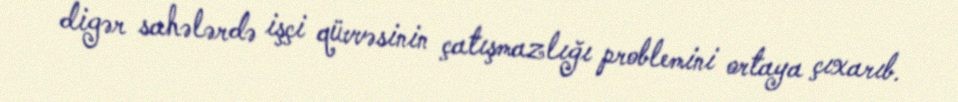
digər sahələrdə işçi qüvvəsinin çatışmazlığı problemini ortaya çıxarıb.